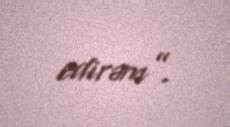
edirəm”.